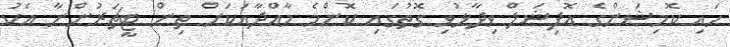
ހައި ކޮމިޝަންގެ އޮފިޝަލް ވިދާޅުވި ގޮތުގައި ކޮންމެ މާއްދާއަކަށް ތިން ޓީޗަރުންނާ އެކު